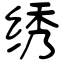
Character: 绣